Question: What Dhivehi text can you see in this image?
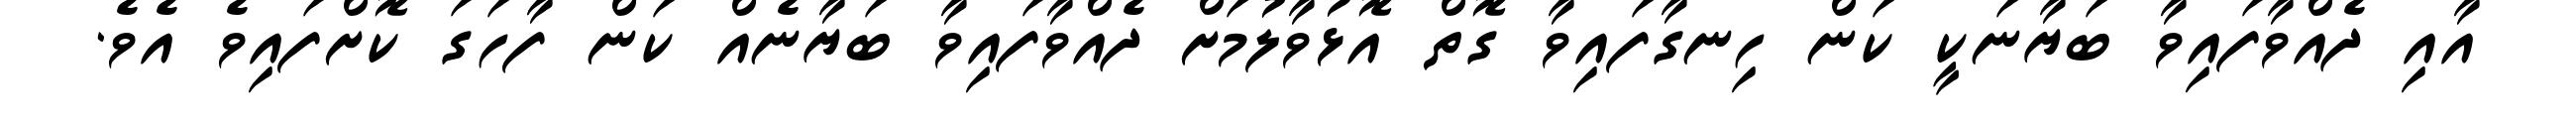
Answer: އާއި ދެއްވާފައިވާ ބަޔާނަކީ ކަން ހިނގާފައިވާ ގޮތް އޮޅުވާލުމަށް ދެއްވާފައިވާ ބަޔާނެއް ކަން ފާހަގަ ކޮށްފައިވެ އެވެ.